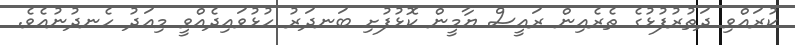
ކުރައްވި ދަތުރުފުޅުގެ ތެރެއިން ރައީސް ޔާމީން ކޮޅުފުށި ބަނދަރު ހުޅުވައިދެއްވީ މިއަދު ހެނދުނުއެވެ.